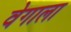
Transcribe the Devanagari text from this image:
वेगाला